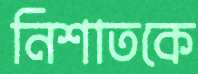
নিশাতকে